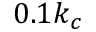
0 . 1 k _ { c }